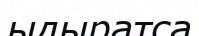
ыдыратса